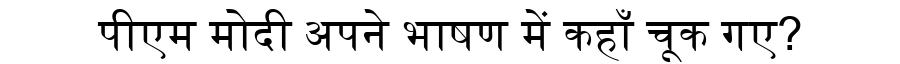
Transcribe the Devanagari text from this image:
पीएम मोदी अपने भाषण में कहाँ चूक गए?